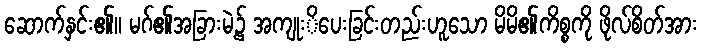
ဆောက်နှင်း၏။ မဂ်၏အခြားမဲ့၌ အကျုးိပေးခြင်းတည်းဟူသော မိမိ၏ကိစ္စကို ဖိုလ်စိတ်အား